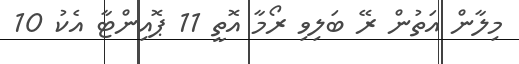
މިލާން އަތުން ރޭ ބަލިވި ރޯމާ އޮތީ 11 ޕޮއިންޓާ އެކު 10